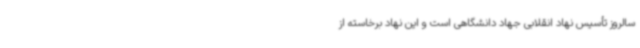
سالروز تأسیس نهاد انقلابی جهاد دانشگاهی است و این نهاد برخاسته از